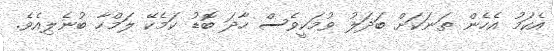
އެކަމު އެހެން ތަނަކަށް ބަދަލު ވުމަކީވެސް ހާދަ ބޮޑު ކަމެކޭ ލަމްހާ ބުނެލިއެވެ.